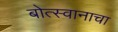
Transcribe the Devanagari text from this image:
बोत्स्वानाचा